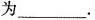
为___.